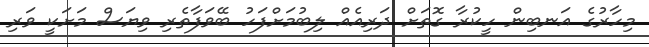
މިހާރުގެ އަނބިން ހީކުރާ ގޮތަށް ދަރިއެއް ލިބުމަށްފަހު ބޭވަފާތެރި ވިޔަސް މަށަކީ ވަރި